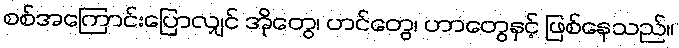
စစ်အကြောင်းပြောလျှင် အိုတွေ၊ ဟင်တွေ၊ ဟာတွေနှင့် ဖြစ်နေသည်။